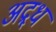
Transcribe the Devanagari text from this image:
अद्र्ध